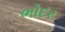
ભોદર